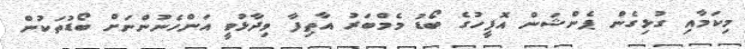
މިކަމާއި ގުޅިގެން ޕެންޝަން އޮފީހުގެ ބޯޑު މެމްބަރު އާތިފާ ވިދާޅުވީ އަންހެނުންނަށް ބޯޑުތަކުން